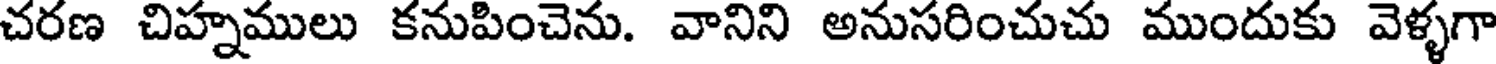
చరణ చిహ్నములు కనుపించెను. వానిని అనుసరించుచు ముందుకు వెళ్ళగా